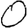
Digit: 0